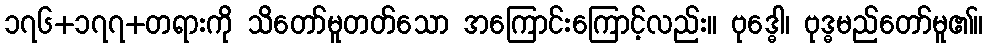
၁၇၆+၁၇၇+တရားကို သိတော်မူတတ်သော အကြောင်းကြောင့်လည်း။ ဗုဒ္ဓေါ၊ ဗုဒ္ဓမည်တော်မူ၏။